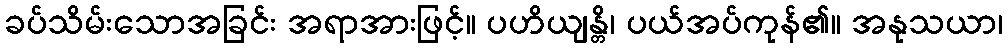
ခပ်သိမ်းသောအခြင်း အရာအားဖြင့်။ ပဟိယျန္တိ၊ ပယ်အပ်ကုန်၏။ အနုသယာ၊